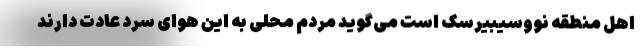
اهل منطقه نووسیبیرسک است می‌گوید مردم محلی به این هوای سرد عادت دارند